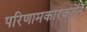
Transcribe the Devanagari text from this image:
परिणामकारकतेने